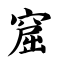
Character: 窟